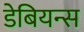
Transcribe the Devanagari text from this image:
डेबियन्स